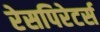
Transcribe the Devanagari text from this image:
रेसपिरेटर्स